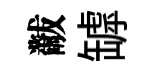
黻罅